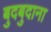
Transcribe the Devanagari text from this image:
बुदबुदाना